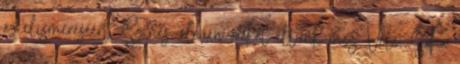
az elismeréséért. Színes, eleven órákat éltünk meg Vele. Soha